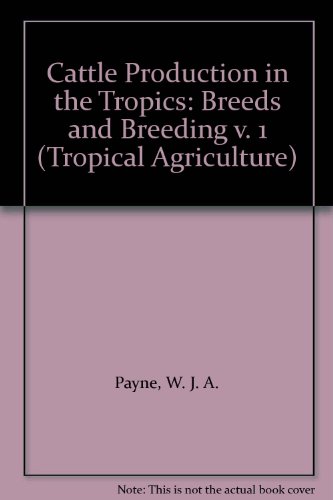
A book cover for Cattle Production in the Tropics: Breeds and Breeding v. 1 (Tropical Agriculture); W. J. A. Payne; Science & Math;